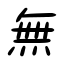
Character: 無